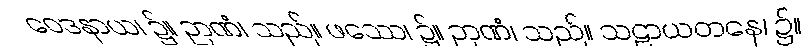
ဝေဒနာယ၊ ၌။ ဉာဏံ၊ သည်။ ဖဿေ၊ ၌။ ဉာဏံ၊ သည်။ သဠာယတနေ၊ ၌။